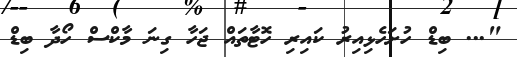
"... ބިޑް ހުށަހެޅިއިރު ކައިރި ހޮޓާތައް ޖަހާ ގިނަ މާކްސް ހޯދާ ބިޑް